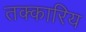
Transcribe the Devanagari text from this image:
तक्कारिय